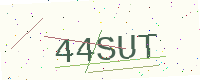
Text: 44SUT